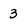
Character: 3